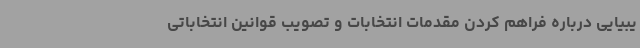
یبیایی درباره فراهم کردن مقدمات انتخابات و تصویب قوانین انتخاباتی